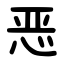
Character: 恶